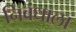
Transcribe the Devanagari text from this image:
निबंधाला